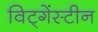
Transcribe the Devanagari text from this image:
विट्गेंस्टीन